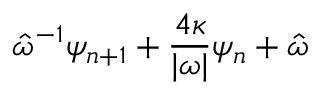
\hat { \omega } ^ { - 1 } \psi _ { n + 1 } + \frac { 4 \kappa } { | \omega | } \psi _ { n } + \hat { \omega }